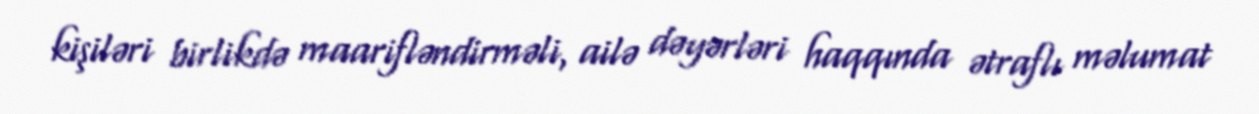
kişiləri birlikdə maarifləndirməli, ailə dəyərləri haqqında ətraflı məlumat